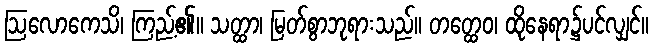
ဩလောကေသိ၊ ကြည့်၏။ သတ္ထာ၊ မြတ်စွာဘုရားသည်။ တတ္ထေဝ၊ ထိုနေရာ၌ပင်လျှင်။